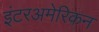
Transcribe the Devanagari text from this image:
इंटरअमेरिकन